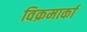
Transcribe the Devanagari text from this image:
विक्रमार्का